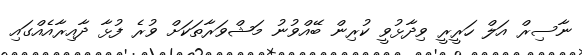
ނާސިރް އަލް ހަރީރީ ވިދާޅުވީ ކުރިން ބޭއްވުނު މަޝްވަރާތަކަށް ވުރެ ފުޅާ ދާއިރާއެއްގައި